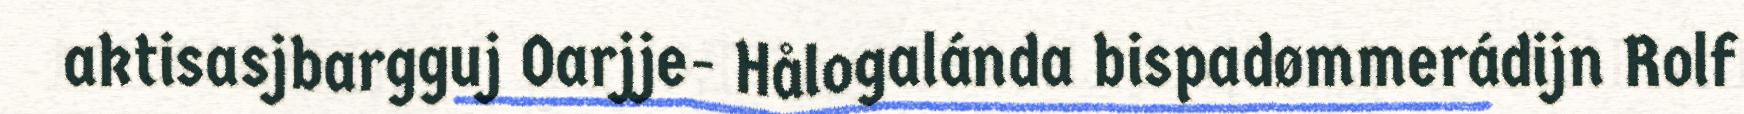
aktisasjbargguj Oarjje- Hålogalánda bispadømmerádijn Rolf